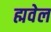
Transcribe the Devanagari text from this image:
ह्मवेल